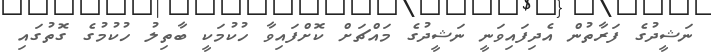
ނަޝީދުގެ ފަރާތުން އެދިފައިވަނީ ނަޝީދުގެ މައްޗަށް ކޮށްފައިވާ ހުކުމަކީ ބާތިލު ހުކުމުގެ ގޮތުގައި